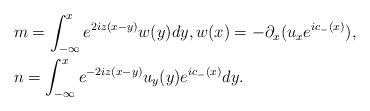
\begin{align*}&m=\int_{-\infty}^xe^{2iz(x-y)}w(y)dy, w(x)=-\partial_x(u_xe^{ic_-(x)}),\\&n=\int_{-\infty}^xe^{-2iz(x-y)}u_y(y)e^{ic_-(x)}dy.\end{align*}